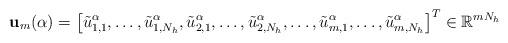
LaTeX: \begin{align*}{\bf u}_m(\alpha)=\big[ {\tilde u}_{1, 1}^\alpha, \ldots, {\tilde u}_{1, N_h}^\alpha, {\tilde u}_{2, 1}^\alpha, \ldots, {\tilde u}_{2, N_h}^\alpha, \ldots, {\tilde u}_{m, 1}^\alpha, \ldots, {\tilde u}_{m, N_h}^\alpha\big]^T\in \mathbb{R}^{mN_h}\end{align*}